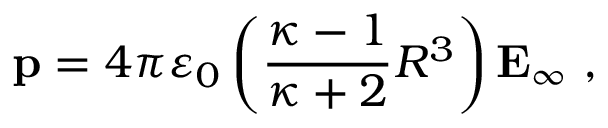
\mathbf { p } = 4 \pi \varepsilon _ { 0 } \left( { \frac { \kappa - 1 } { \kappa + 2 } } R ^ { 3 } \right) \mathbf { E } _ { \infty } \ ,